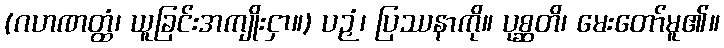
(ဂဟဏတ္ထံ၊ ယူခြင်းအကျိုးငှာ။) ပဉှံ၊ ပြဿနာကို။ ပုစ္ဆတိ၊ မေးတော်မူ၏။